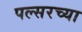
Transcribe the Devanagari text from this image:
पल्सरच्या